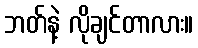
ဘတ်နဲ့ လိုချင်တာလား။